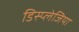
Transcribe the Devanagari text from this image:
डिस्प्लेजिया